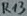
Text: R47